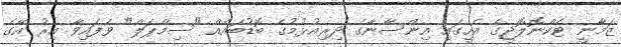
ޒަމާނީ ޓެކްނޮލޮޖީގެ އެހީގައި އިންސާނާގެ ދިރިއުޅުމުގެ ބޮޑުބައެއް "ސިމްޕަލް" ވެފައިވާ އިރު އޭގެ